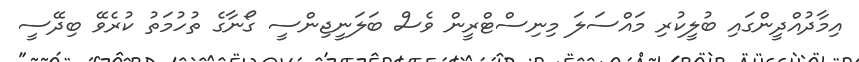
އިމާދުއްދީންގައި ބުލީކުރި މައްސަލަ މިނިސްޓްރީން ވެސް ބަލަނީޖިންސީ ގޯނާގެ ތުހުމަތު ކުރެވޭ ބިދޭސީ